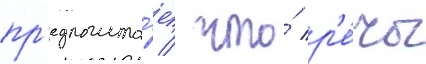
пр'едполага́ет / что́ р'е́чь